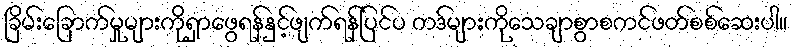
ခြိမ်းခြောက်မှုများကိုရှာဖွေရန်နှင့်ဖျက်ရန်ပြင်ပ ကဒ်များကိုသေချာစွာစကင်ဖတ်စစ်ဆေးပါ။